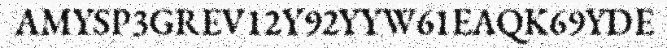
AMYSP3GREV12Y92YYW61EAQK69YDE